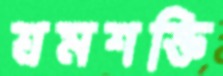
শ্রমশক্তি